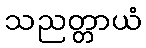
သညတ္တာယံ